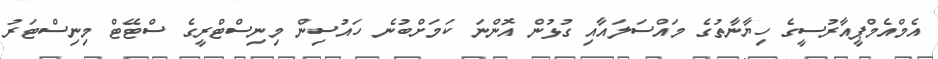
އެމްއެމްޕީއާރުސީގެ ހިޔާނާތުގެ މައްސަލައާއި ގުޅުން އޮންނަ ކަމަށްބުނެ ހައުސިން މިނިސްޓްރީގެ ސްޓޭޓް މިނިސްޓަރު